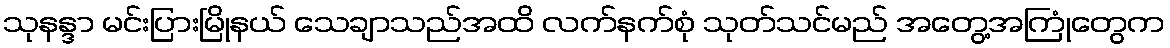
သုနန္ဒာ မင်းပြားမြိုနယ် သေချာသည်အထိ လက်နက်စုံ သုတ်သင်မည် အတွေ့အကြုံတွေက